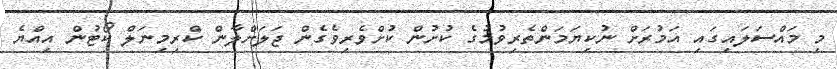
މި މައްސަލައިގައި އަމުރަށް ނުކިޔަމަންތެރިވުމުގެ ކުށުން ކުށްވެރިވެގެން ޖަލަށްލާން ކްރިމިނަލް ކޯޓުން އިއްޔެ